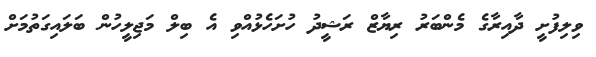
ވިލިފުށީ ދާއިރާގެ މެންބަރު ރިޔާޒް ރަޝީދު ހުށަހެޅުއްވި އެ ބިލް މަޖިލީހުން ބަލައިގަތުމަށް